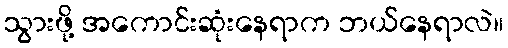
သွားဖို့ အကောင်းဆုံးနေရာက ဘယ်နေရာလဲ။